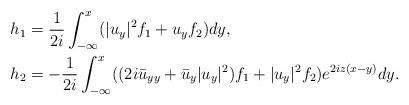
LaTeX: \begin{align*}&h_{1 }=\frac{1}{2i} \int_{-\infty}^{x} (|u_y|^2 f_1+u_yf_2)dy,\\&h_{2 }=- \frac{1}{2i} \int_{-\infty}^{x} ((2i \bar{u}_{yy}+\bar{u}_y|u_y|^2)f_1+|u_y|^2 f_2)e^{2iz(x-y)}dy.\end{align*}